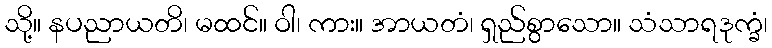
သို့။ နပညာယတိ၊ မထင်။ ဝါ၊ ကား။ အာယတံ၊ ရှည်စွာသော။ သံသာရဒုက္ခံ၊